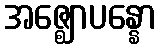
အဇ္ဈောပန္နော